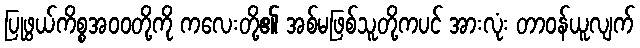
ပြုဖွယ်ကိစ္စအဝဝတို့ကို ကလေးတို့၏ အစ်မဖြစ်သူတို့ကပင် အားလုံး တာဝန်ယူလျက်